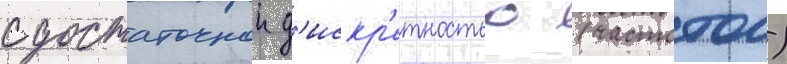
с достаточнои д'искр'етностью (частотои)